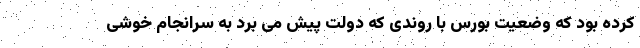
کرده بود که وضعیت بورس با روندی که دولت پیش می برد به سرانجام خوشی